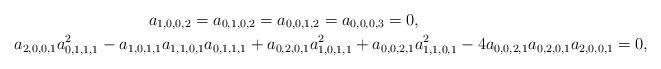
LaTeX: \begin{gather*}a_{1, 0, 0, 2} =a_{0, 1, 0, 2} = a_{0, 0, 1, 2} = a_{0, 0, 0, 3} = 0, \\a_{2,0,0,1} a_{0,1,1,1}^2-a_{1,0,1,1} a_{1,1,0,1} a_{0,1,1,1}+a_{0,2,0,1} a_{1,0,1,1}^2+a_{0,0,2,1} a_{1,1,0,1}^2-4 a_{0,0,2,1} a_{0,2,0,1} a_{2,0,0,1}=0,\end{gather*}